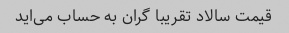
قیمت سالاد تقریبا گران به حساب می‌اید